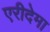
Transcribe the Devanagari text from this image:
एरीदेमा